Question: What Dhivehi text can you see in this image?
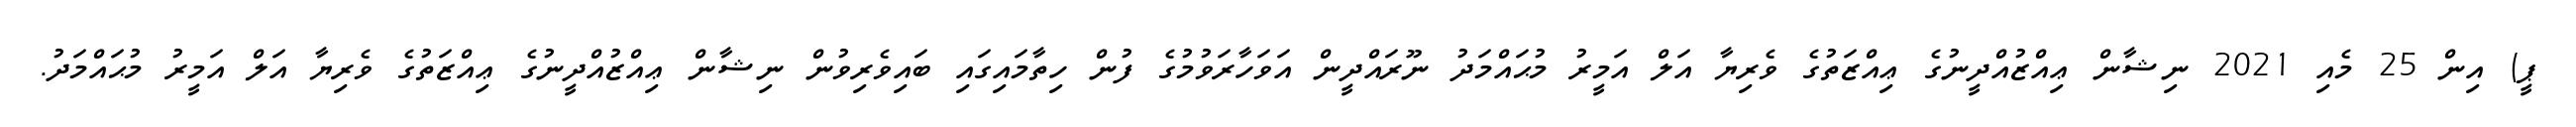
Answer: ޕީ) އިން 25 މެއި 2021 ނިޝާން ޢިއްޒުއްދީނުގެ ޢިއްޒަތުގެ ވެރިޔާ އަލް އަމީރު މުޙައްމަދު ނޫރައްދީން އަވަހާރަވުމުގެ ފުން ހިތާމައިގައި ބައިވެރިވުން ނިޝާން ޢިއްޒުއްދީނުގެ ޢިއްޒަތުގެ ވެރިޔާ އަލް އަމީރު މުޙައްމަދު.